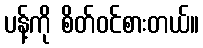
ပန့်ကို စိတ်ဝင်စားတယ်။